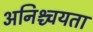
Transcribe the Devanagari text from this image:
अनिश्च्चयता